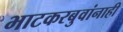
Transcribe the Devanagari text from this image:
भाटकरबुवांनाही